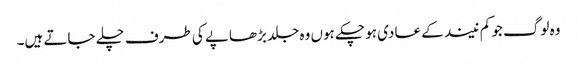
وہ لوگ جو کم نیند کے عادی ہو چکے ہوں وہ جلد بڑھاپے کی طرف چلے جاتے ہیں۔